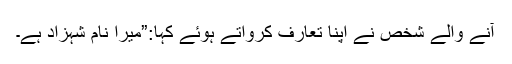
آنے والے شخص نے اپنا تعارف کرواتے ہوئے کہا:”میرا نام شہزاد ہے۔